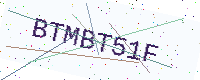
Text: BTMBT51F